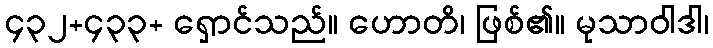
၄၃၂+၄၃၃+ ရှောင်သည်။ ဟောတိ၊ ဖြစ်၏။ မုသာဝါဒါ၊